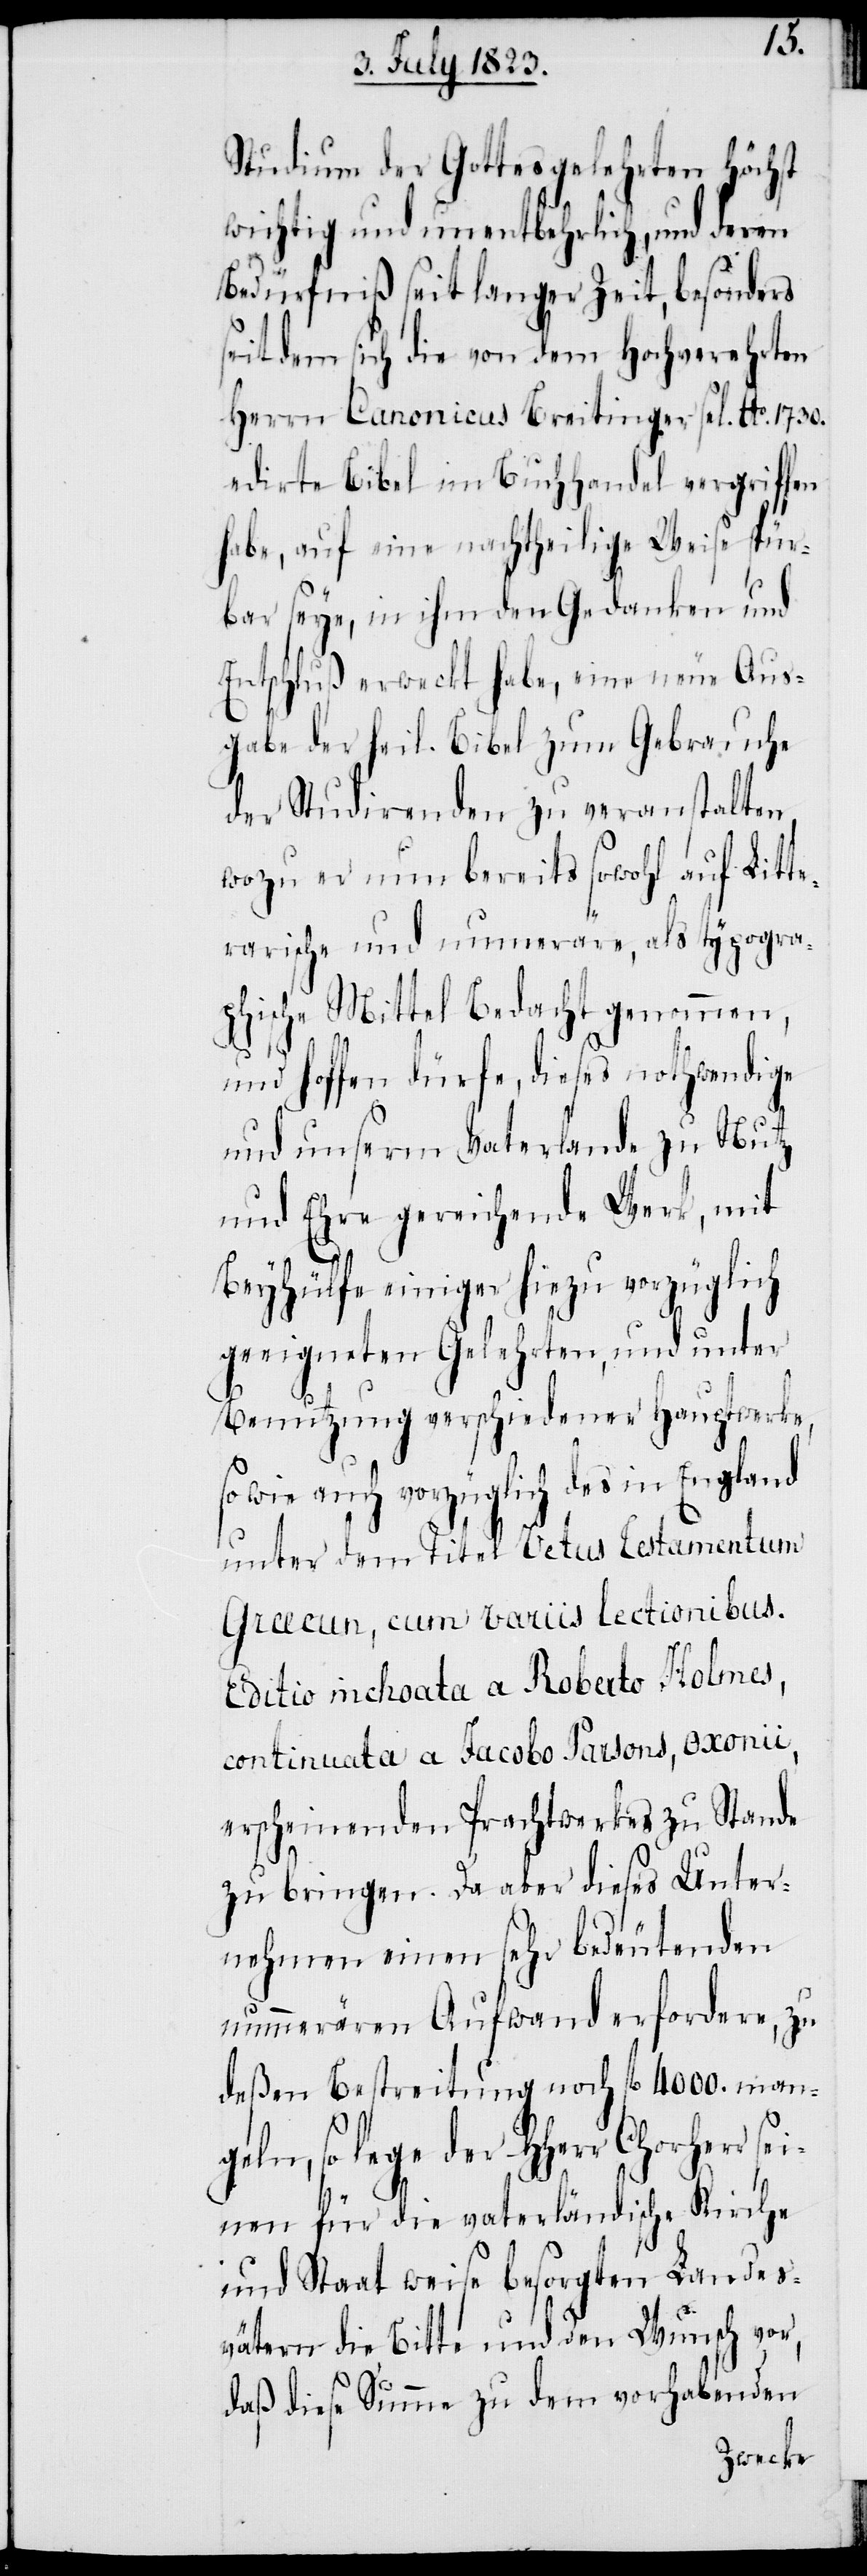
Studium des Gottesgelehrten Höchst
wichtig und unentbehrlich, und deren
Bedürfniß seit langer Zeit, besonders
seitdem sich die von dem Hochverehrten
Herrn Canonicus Breitinger sel. Ao. 1730.
edirte Bibel im Buchhandel vergriffen
habe, auf eine nachtheilige Weise spür¬
bar seye, in ihm den Gedanken und
Entschluß erweckt habe, eine neue Aus¬
gabe der heil. Bibel zum Gebrauche
der Studirenden zu veranstalten,
wozu er nun bereits sowohl auf Litte¬
rarische und numeräre, als typogra¬
phische Mittel Bedacht genommen,
und hoffen dürfe, dieses nothwendige
und unserm Vaterlande zu Nutz
und Ehre gereichende Werk, mit
Beyhülfe einiger hiezu vorzüglich
geeigneten Gelehrten, und unter
Benutzung verschiedener Hauptwerke,
sowie auch vorzüglich des in England
unter dem Titel Vetus Testamentum
Graecun, cum variis lectionibus.
Editio inchoata a Roberto Holmes,
continuata a Jacobo Parsons, exonii,
erscheinenden Prachtwerkes zu Stande
zu bringen. Da aber dieses Unter¬
nehmen einen sehr bedeutenden
nummerären Aufwand erfordere, zu
deßen Bestreitung noch fl 4000. man¬
geln, so lege der HHerr Chorherr sei¬
nen für die vaterländische Kirche
und Staat weise besorgten Landes¬
vätern die Bitte und den Wunsch vor,
daß diese Summe zu dem vorhabenden